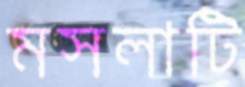
মসলাটি